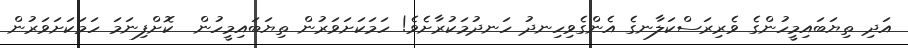
އަދި ތިޔަބައިމީހުންގެ ވެރިރަސްކަލާނގެ އެންގެވިހިނދު ހަނދުމަކުރާށެވެ! ހަމަކަށަވަރުން ތިޔަބައިމީހުން  ކޮށްފިނަމަ ހަމަކަށަވަރުން